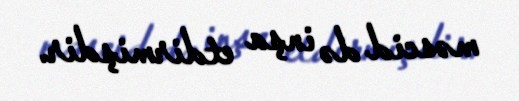
məscid də inşa etdirmişdir.